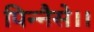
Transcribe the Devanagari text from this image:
पिन्नैसे।।